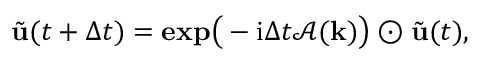
\tilde { \mathbf { u } } ( t + \Delta t ) = \mathbf { e x p } \big ( - \mathrm { i } \Delta t \mathcal { A } ( \mathbf { k } ) \big ) \odot \tilde { \mathbf { u } } ( t ) ,